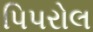
પિપરોલ